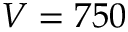
V = 7 5 0